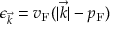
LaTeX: \epsilon _ { \vec { k } } = v _ { \mathrm { { F } } } ( | { \vec { k } } | - p _ { \mathrm { { F } } } )